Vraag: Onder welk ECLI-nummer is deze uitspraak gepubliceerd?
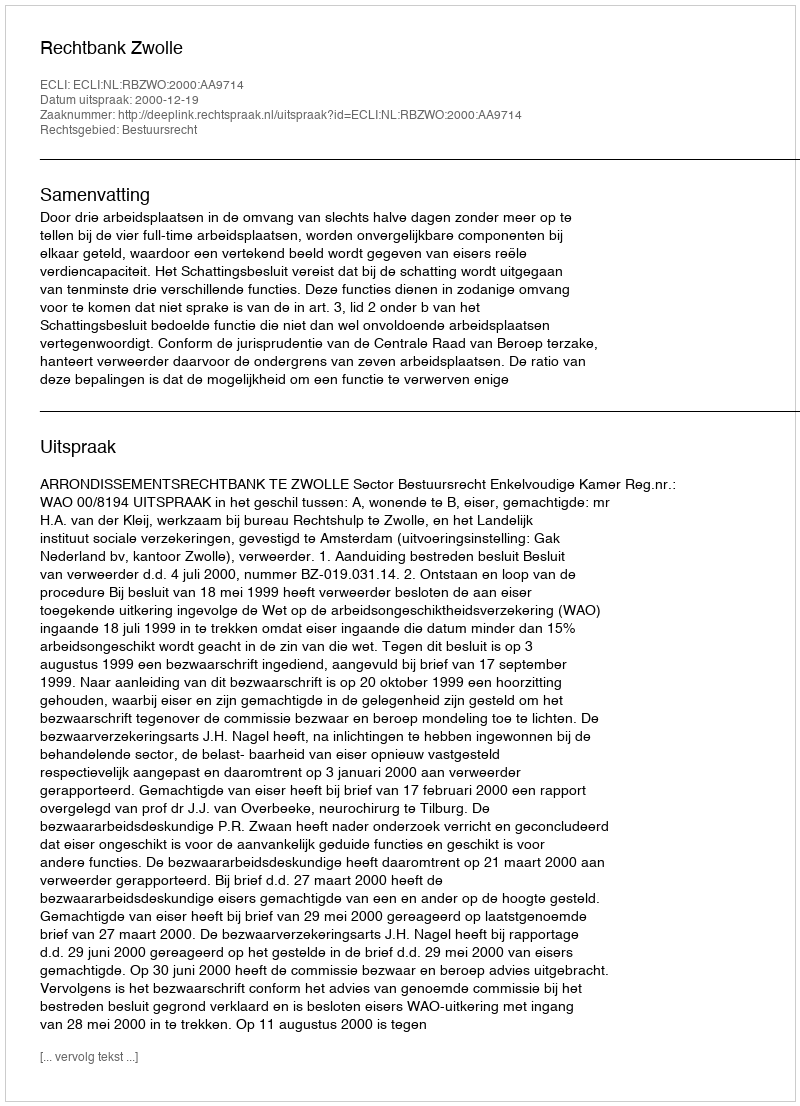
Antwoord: ECLI:NL:RBZWO:2000:AA9714